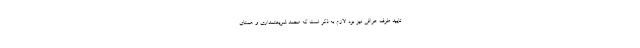
تایید طرف عراقی نیز بود. لازم به ذکر است که محمد شریعتمداری و همتای